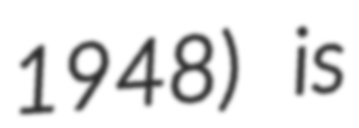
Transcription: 1948) is